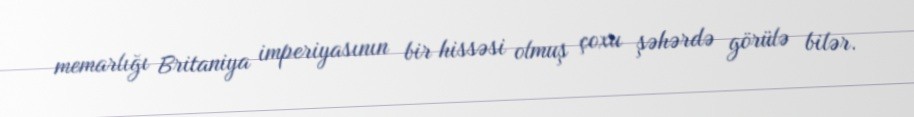
memarlığı Britaniya imperiyasının bir hissəsi olmuş çoxu şəhərdə görülə bilər.